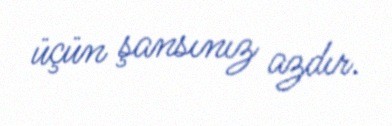
üçün şansınız azdır.